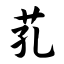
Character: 芤